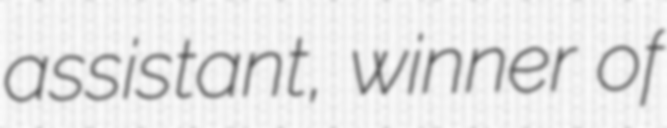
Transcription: assistant, winner of